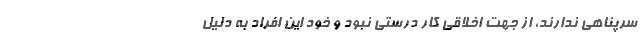
سرپناهی ندارند، از جهت اخلاقی کار درستی نبود و خود این افراد به دلیل